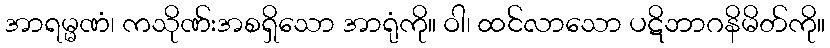
အာရမ္မဏံ၊ ကသိုဏ်းအစရှိသော အာရုံကို။ ဝါ၊ ထင်လာသော ပဋိဘာဂနိမိတ်ကို။